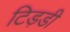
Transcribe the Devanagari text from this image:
टिड़डी